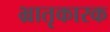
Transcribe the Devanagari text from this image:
भ्रातृकारक